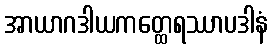
အာယာဂဒါယကတ္ထေရဿာပဒါနံ